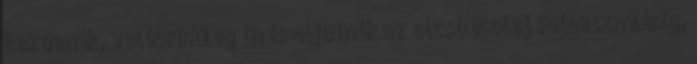
kezdenék, valószínűleg én is eljutnék az olcsó étolaj felhasználásig,